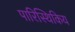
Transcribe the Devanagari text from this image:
पारिस्थिकिय